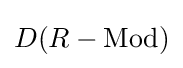
D(R-{\text{Mod}})